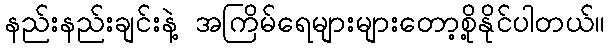
နည်းနည်းချင်းနဲ့ အကြိမ်ရေများများတော့စို့နိုင်ပါတယ်။